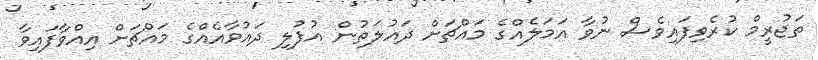
ތަޖުރީމް ކުރެވިފައިވެސް ނުވާ އަމަލެއްގެ މައްޗަށް ދައުލަތުން އުފުލި ދައުވާއެއްގެ މައްޗަށް އިއްވާފައިވާ